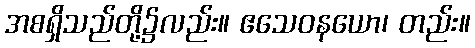
အစရှိသည်တို့၌လည်း။ ဧသေဝနယော၊ တည်း။